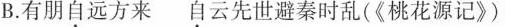
B.有朋自远方来 自云先世避秦时乱(《桃花源记》)